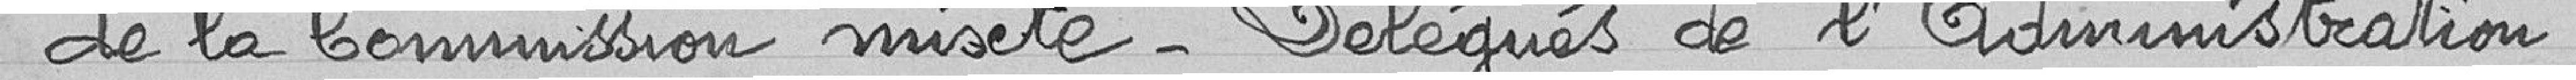
de la Commission mixte - Délégués de l'Administration.